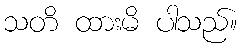
သတိ ထားမိ ပါသည်။